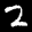
Label: 2